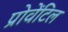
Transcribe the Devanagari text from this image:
प्रोवेंटिल